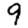
Digit: 9